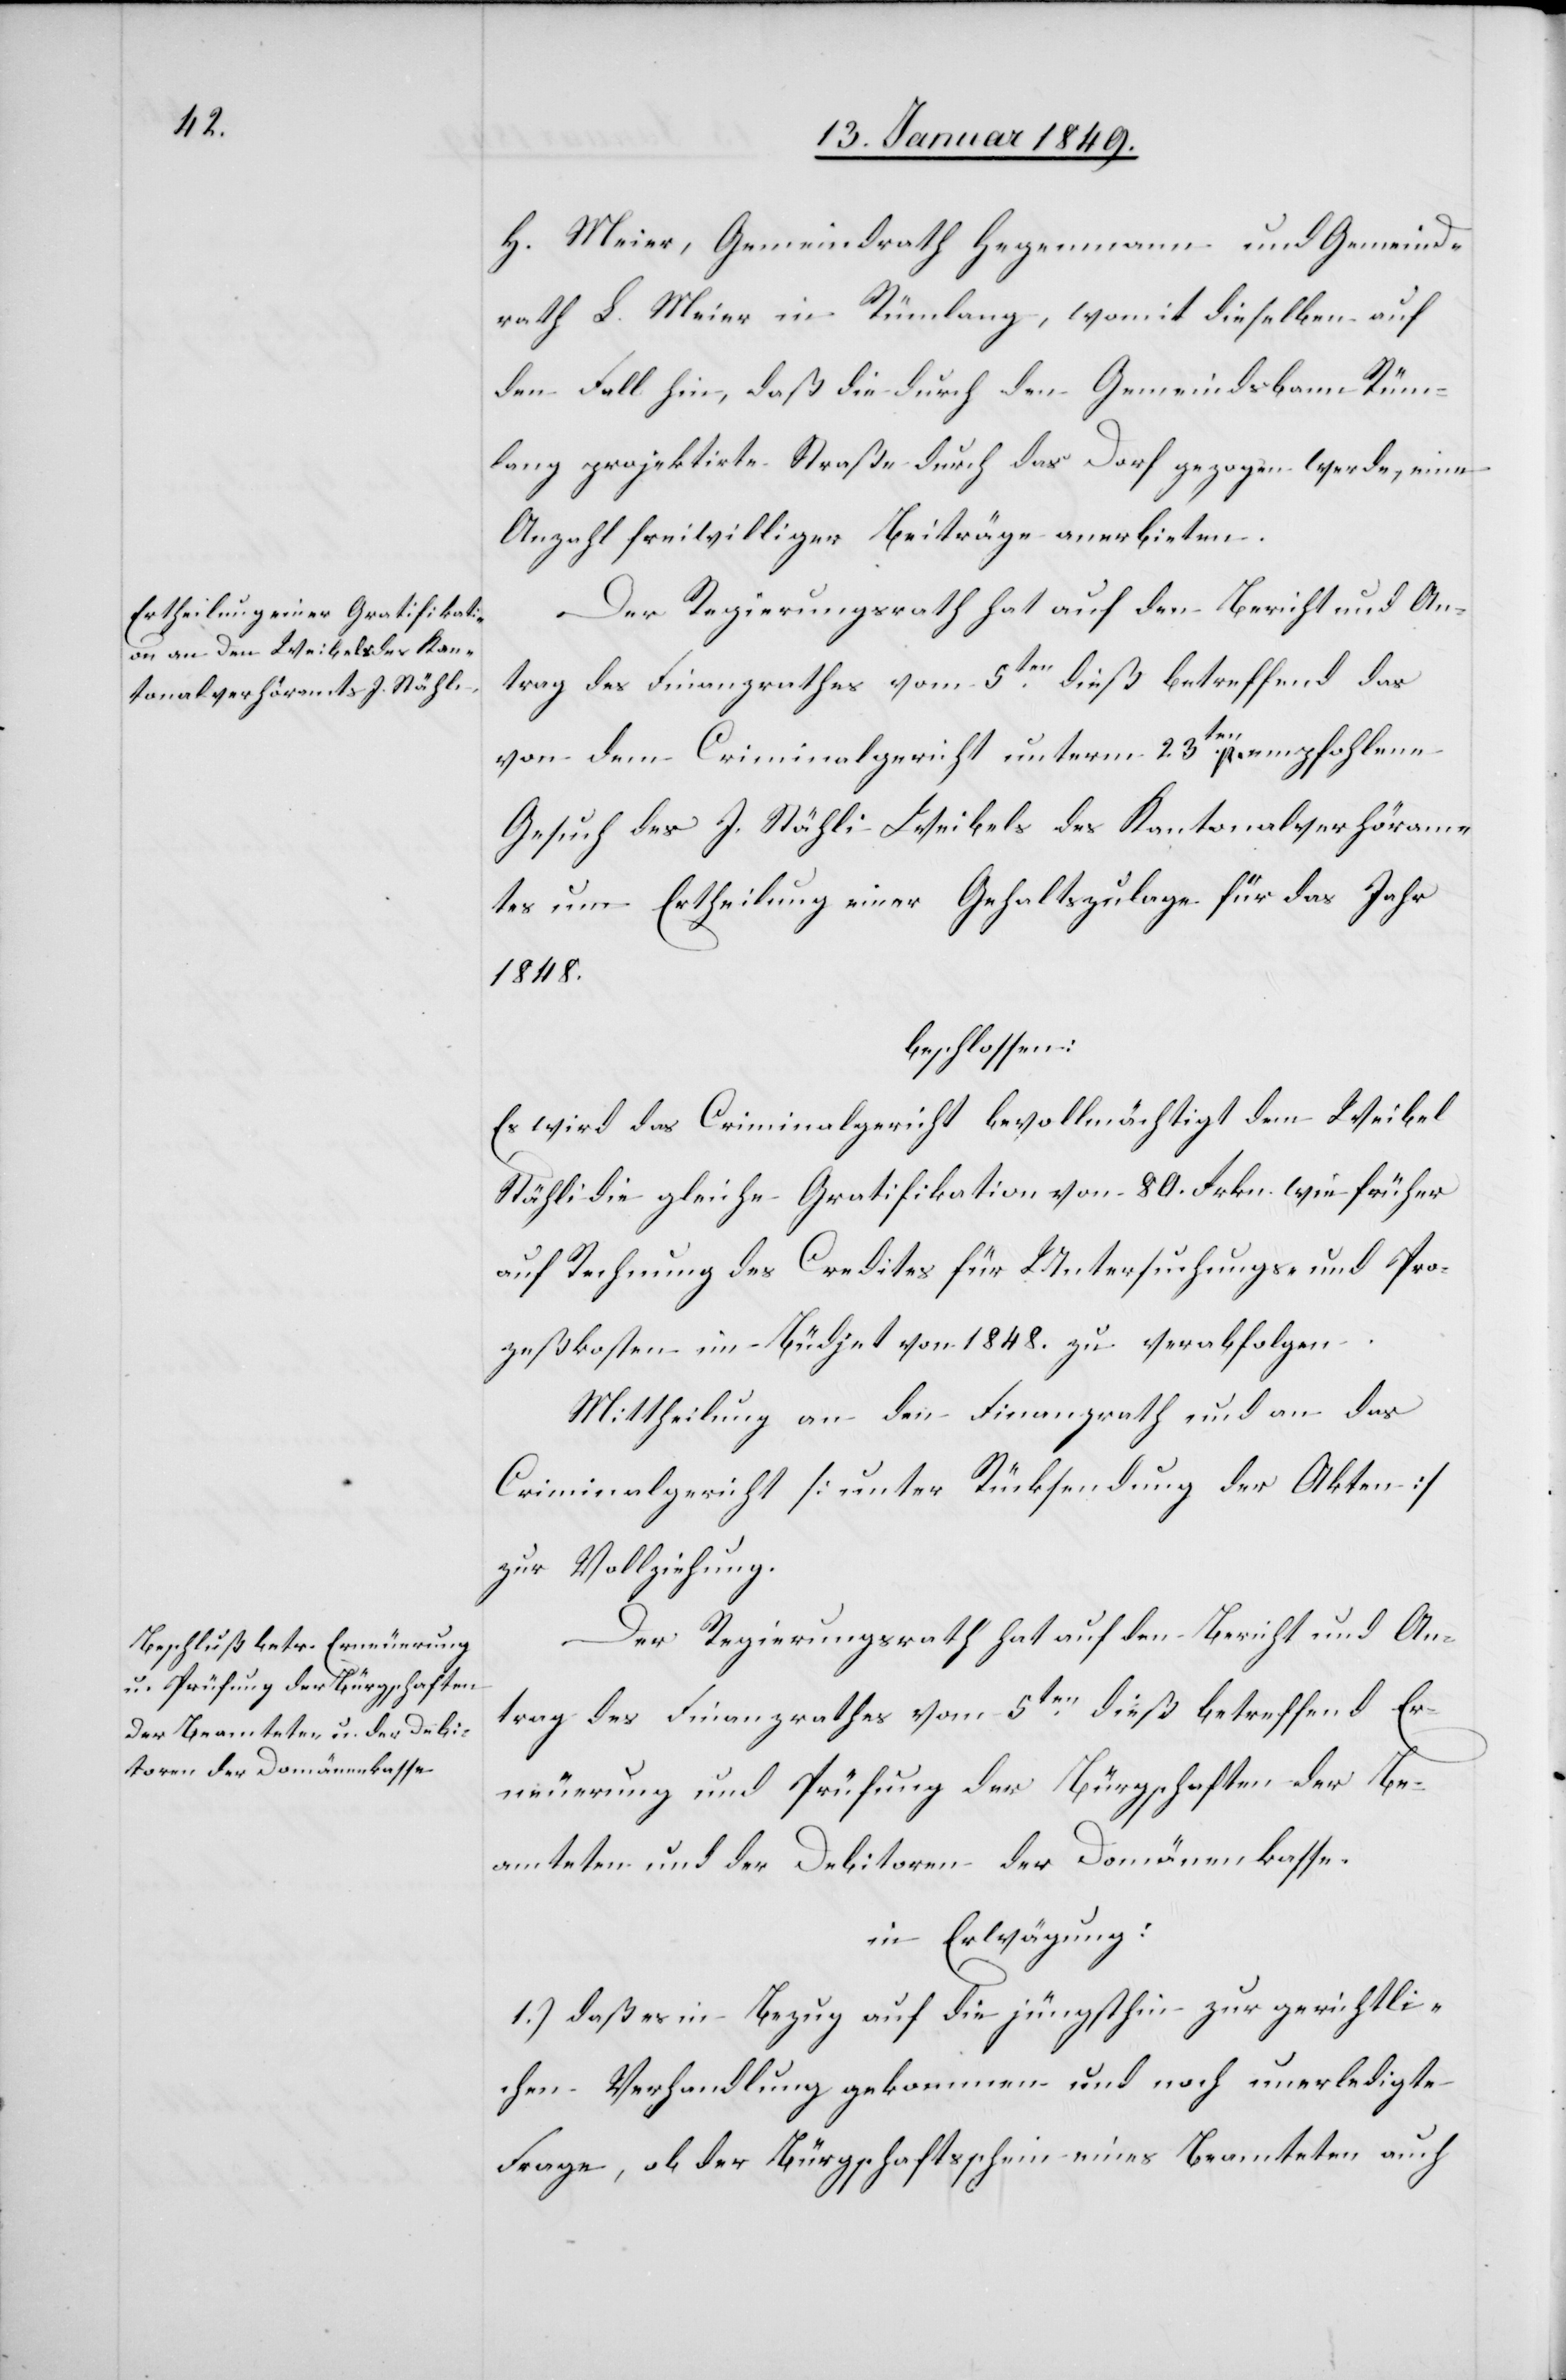
H. Meier, Gemeindrath Hegenmann und Gemeind¬
rath L. Meier in Rümlang, womit dieselben auf
den Fall hin, daß die durch den Gemeindsbann Rüm¬
lang projektirte Straße durch das Dorf gezogen werde, eine
Anzahl freiwilliger Beiträge anerbieten.
Der Regierungsrath hat auf den Bericht und An¬
trag des Finanzrathes vom 5ten. dieß betreffend das
von dem Criminalgericht unterm 23ten. p. empfohlene
Gesuch des J. Stähli Weibels des Kantonalverhöram¬
tes um Ertheilung einer Gehaltszulage für das Jahr
1848.
beschlossen:
Es wird das Criminalgericht bevollmächtigt dem Weibel
Stähli die gleiche Gratifikation von 80. Frkn. wie früher
auf Rechnung des Credites für Untersuchungs- und Pro¬
zeßkosten im Büdjet von 1848. zu verabfolgen.
Mittheilung an den Finanzrath und an das
Criminalgericht [unter Rücksendung der Akten]
zur Vollziehung.
Der Regierungsrath hat auf den Bericht und An¬
trag des Finanzrathes vom 5ten. dieß betreffend Er¬
neuerung und Prüfung der Bürgschaften der Be¬
amteten und der Debitoren der Domänenkasse.
in Erwägung:
1.) daß es in Bezug auf die jüngsthin zur gerichtli¬
chen Verhandlung gekommen und noch unerledigte
Frage, ob der Bürgschaftsschein eines Beamteten auch